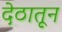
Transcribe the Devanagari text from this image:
देठातून